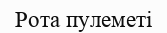
Рота пулеметі